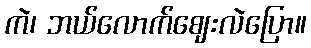
ကဲ၊ ဘယ်လောက်ဈေးလဲပြော။